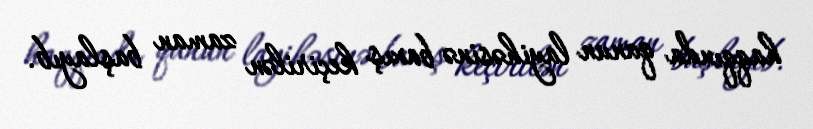
haqqında qanun layihəsinə baxış keçirilən zaman başlayıb.